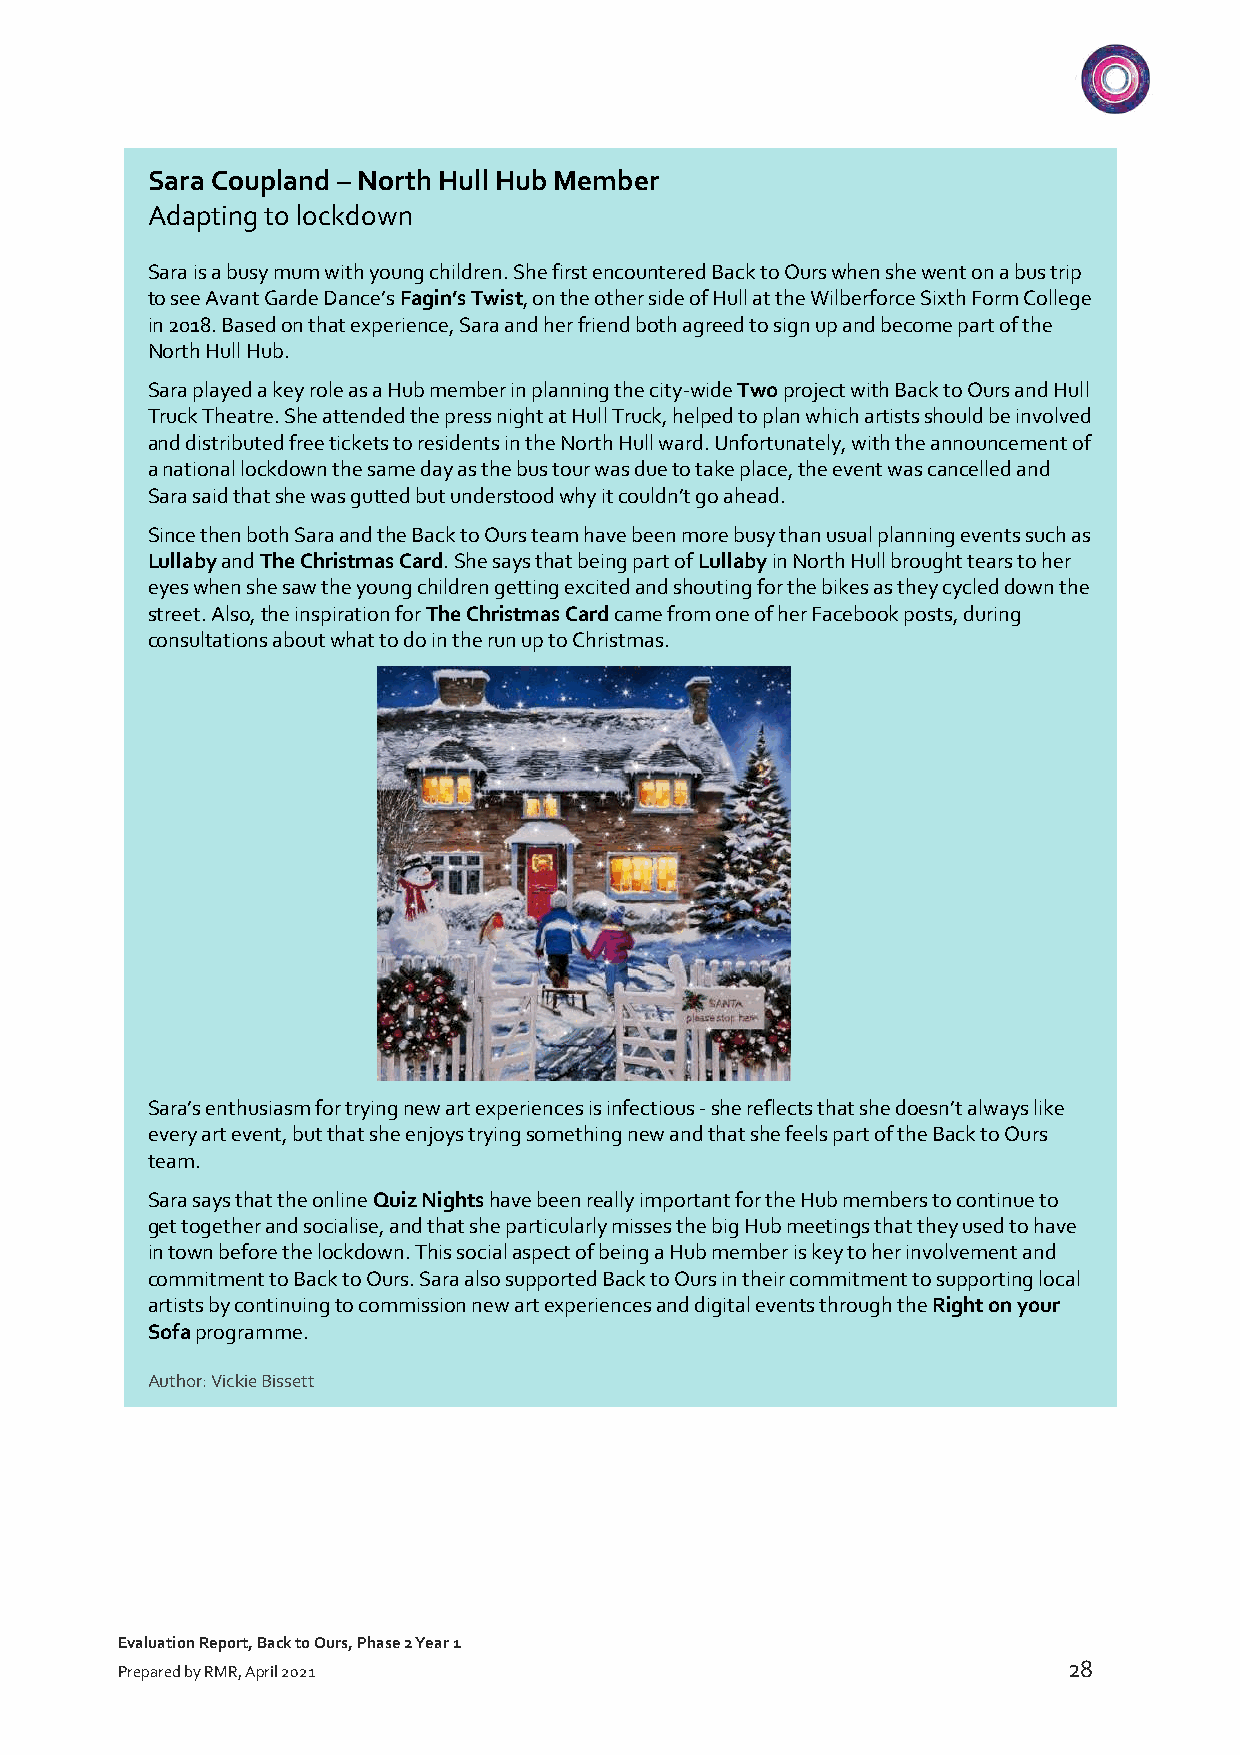
Sara Coupland – North Hull Hub Member
 Adapting to lockdown
 Sara is a busy mum with young children. She first encountered Back to Ours when she went on a bus trip
 to see Avant Garde Dance’s Fagin’s Twist, on the other side of Hull at the Wilberforce Sixth Form College
 in 2018. Based on that experience, Sara and her friend both agreed to sign up and become part of the
 North Hull Hub.
 Sara played a key role as a Hub member in planning the city-wide Two project with Back to Ours and Hull
 Truck Theatre. She attended the press night at Hull Truck, helped to plan which artists should be involved
 and distributed free tickets to residents in the North Hull ward. Unfortunately, with the announcement of
 a national lockdown the same day as the bus tour was due to take place, the event was cancelled and
 Sara said that she was gutted but understood why it couldn’t go ahead.
 Since then both Sara and the Back to Ours team have been more busy than usual planning events such as
 Lullaby and The Christmas Card. She says that being part of Lullaby in North Hull brought tears to her
 eyes when she saw the young children getting excited and shouting for the bikes as they cycled down the
 street. Also, the inspiration for The Christmas Card came from one of her Facebook posts, during
 consultations about what to do in the run up to Christmas.
 Sara’s enthusiasm for trying new art experiences is infectious - she reflects that she doesn’t always like
 every art event, but that she enjoys trying something new and that she feels part of the Back to Ours
 team.
 Sara says that the online Quiz Nights have been really important for the Hub members to continue to
 get together and socialise, and that she particularly misses the big Hub meetings that they used to have
 in town before the lockdown. This social aspect of being a Hub member is key to her involvement and
 commitment to Back to Ours. Sara also supported Back to Ours in their commitment to supporting local
 artists by continuing to commission new art experiences and digital events through the Right on your
 Sofa programme.
 Author: Vickie Bissett
 Evaluation Report, Back to Ours, Phase 2 Year 1
 28
 Prepared by RMR, April 2021